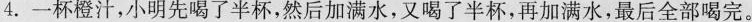
4.一杯橙汁，小明先喝了半杯，然后加满水，又喝了半杯，再加满水，最后全部喝完。